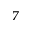
^ { 7 }